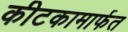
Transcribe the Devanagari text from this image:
कीटकामार्फत